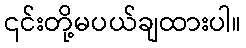
၎င်းတို့မပယ်ချထားပါ။